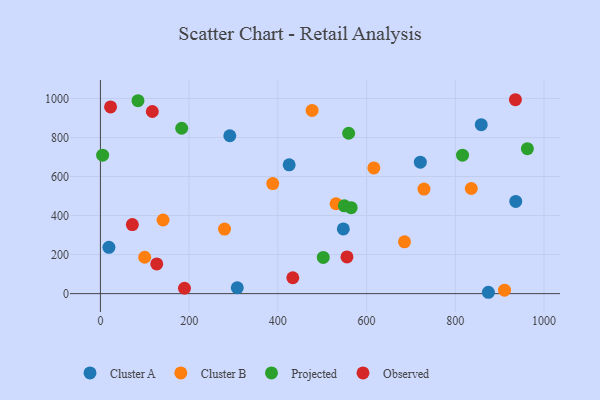
{"axis": {"x": "Speed", "y": "Exam Score"}, "legend": ["Cluster A", "Cluster B", "Observed", "Projected"], "data": [{"x": "721.2", "y": 673.2, "type": "Cluster A"}, {"x": "858.5", "y": 865.7, "type": "Cluster A"}, {"x": "425.5", "y": 659.6, "type": "Cluster A"}, {"x": "291.7", "y": 808.7, "type": "Cluster A"}, {"x": "547.6", "y": 331.5, "type": "Cluster A"}, {"x": "874.6", "y": 7.0, "type": "Cluster A"}, {"x": "308.5", "y": 30.1, "type": "Cluster A"}, {"x": "936.3", "y": 472.6, "type": "Cluster A"}, {"x": "19.2", "y": 237.5, "type": "Cluster A"}, {"x": "911.0", "y": 17.8, "type": "Cluster B"}, {"x": "836.0", "y": 538.5, "type": "Cluster B"}, {"x": "685.5", "y": 265.3, "type": "Cluster B"}, {"x": "729.4", "y": 535.8, "type": "Cluster B"}, {"x": "388.5", "y": 563.9, "type": "Cluster B"}, {"x": "279.8", "y": 330.6, "type": "Cluster B"}, {"x": "141.2", "y": 377.1, "type": "Cluster B"}, {"x": "616.4", "y": 643.9, "type": "Cluster B"}, {"x": "531.2", "y": 460.4, "type": "Cluster B"}, {"x": "99.8", "y": 186.3, "type": "Cluster B"}, {"x": "477.2", "y": 938.3, "type": "Cluster B"}, {"x": "816.3", "y": 709.4, "type": "Projected"}, {"x": "502.4", "y": 185.7, "type": "Projected"}, {"x": "549.9", "y": 449.6, "type": "Projected"}, {"x": "183.2", "y": 847.2, "type": "Projected"}, {"x": "565.3", "y": 440.2, "type": "Projected"}, {"x": "559.6", "y": 821.6, "type": "Projected"}, {"x": "962.5", "y": 742.7, "type": "Projected"}, {"x": "5.0", "y": 709.1, "type": "Projected"}, {"x": "84.7", "y": 988.2, "type": "Projected"}, {"x": "72.0", "y": 354.0, "type": "Observed"}, {"x": "935.5", "y": 993.3, "type": "Observed"}, {"x": "22.9", "y": 956.3, "type": "Observed"}, {"x": "555.8", "y": 188.3, "type": "Observed"}, {"x": "189.5", "y": 27.7, "type": "Observed"}, {"x": "117.0", "y": 933.1, "type": "Observed"}, {"x": "127.0", "y": 152.2, "type": "Observed"}, {"x": "433.7", "y": 81.5, "type": "Observed"}]}